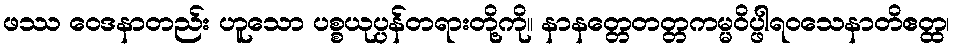
ဖဿ ဝေဒနာတည်း ဟူသော ပစ္စယုပ္ပန်တရားတို့ကို။ နာနတ္တေတတ္တကမ္မဝိပ္ဖါရဝသေနာတိဧတ္ထ၊